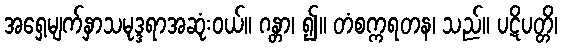
အရှေ့မျက်နှာသမုဒ္ဒရာအဆုံးဝယ်။ ဂန္တာ၊ ၍။ တံစက္ကရတန၊ သည်။ ပဋိပတ္တိ၊